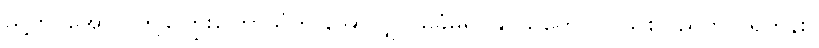
သို့တိုင်အောင် ဤကြွေးကြော်သံကို အော်လျှင် မခံမရပ်နိုင်သူတွေ ပြင်သစ်ပြည်တွင် ရှိတုန်း။